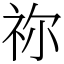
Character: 祢